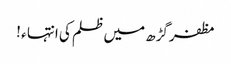
مظفرگڑھ میں ظلم کی انتہا ء !